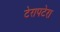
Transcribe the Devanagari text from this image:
टेरापटेरा